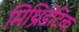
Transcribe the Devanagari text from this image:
मिथ्रिडेटिक